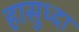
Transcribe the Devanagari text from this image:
हासुध्दा